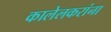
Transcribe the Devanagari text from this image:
कालेलकरांना